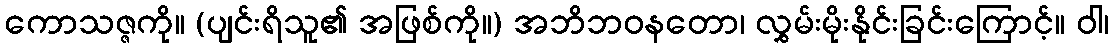
ကောသဇ္ဇကို။ (ပျင်းရိသူ၏ အဖြစ်ကို။) အဘိဘဝနတော၊ လွှမ်းမိုးနိုင်းခြင်းကြောင့်။ ဝါ၊